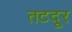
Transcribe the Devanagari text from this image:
तटदूर